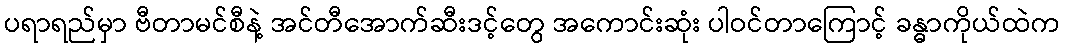
ပရာရည်မှာ ဗီတာမင်စီနဲ့ အင်တီအောက်ဆီးဒင့်တွေ အကောင်းဆုံး ပါဝင်တာကြောင့် ခန္ဓာကိုယ်ထဲက